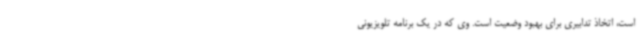
است، اتخاذ تدابیری برای بهبود وضعیت است. وی که در یک برنامه تلویزیونی